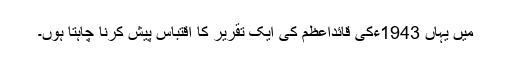
میں یہاں 1943ءکی قائداعظمؒ کی ایک تقریر کا اقتباس پیش کرنا چاہتا ہوں۔